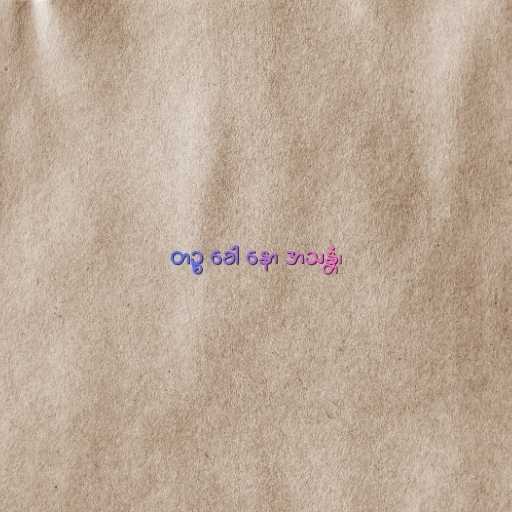
တဉ္စ ခေါ နော အသန္တံ၊